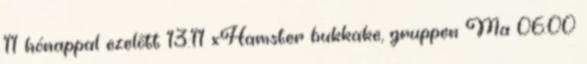
11 hónappal ezelőtt 13:11 xHamster bukkake, gruppen Ma 06:00